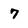
Character: 7